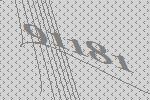
91181